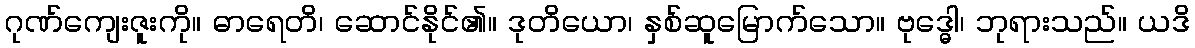
ဂုဏ်ကျေးဇူးကို။ ဓာရေတိ၊ ဆောင်နိုင်၏။ ဒုတိယော၊ နှစ်ဆူမြောက်သော။ ဗုဒ္ဓေါ၊ ဘုရားသည်။ ယဒိ